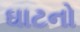
ઘાટનો